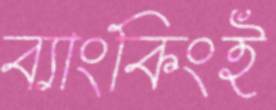
ব্যাংকিংই